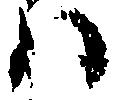
ハ